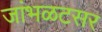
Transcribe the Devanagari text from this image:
जांभळटसर